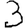
Digit: 3